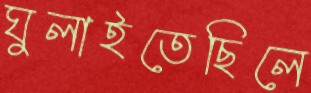
ঘুলাইতেছিলে